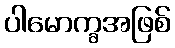
ပါမောက္ခအဖြစ်